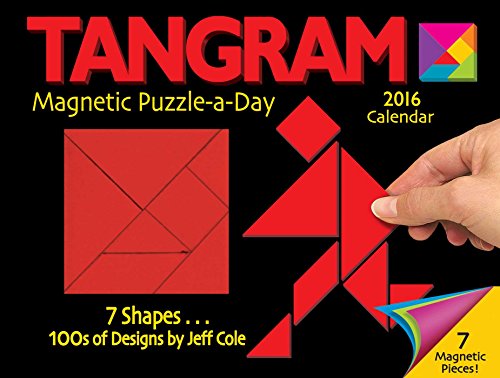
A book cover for Tangram Magnetic Puzzle-a-Day 2016 Calendar; Jeff Cole; Calendars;